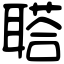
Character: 𦖿